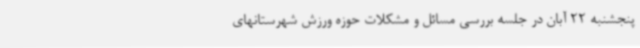
پنجشنبه 22 آبان در جلسه بررسی مسائل و مشکلات حوزه ورزش شهرستانهای